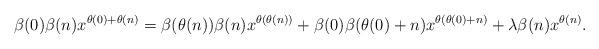
LaTeX: \begin{align*}\beta(0)\beta(n)x^{\theta(0)+\theta(n)}=\beta(\theta(n))\beta(n)x^{\theta(\theta(n))}+\beta(0)\beta(\theta(0)+n)x^{\theta(\theta(0)+n)}+\lambda\beta(n)x^{\theta(n)}.\end{align*}